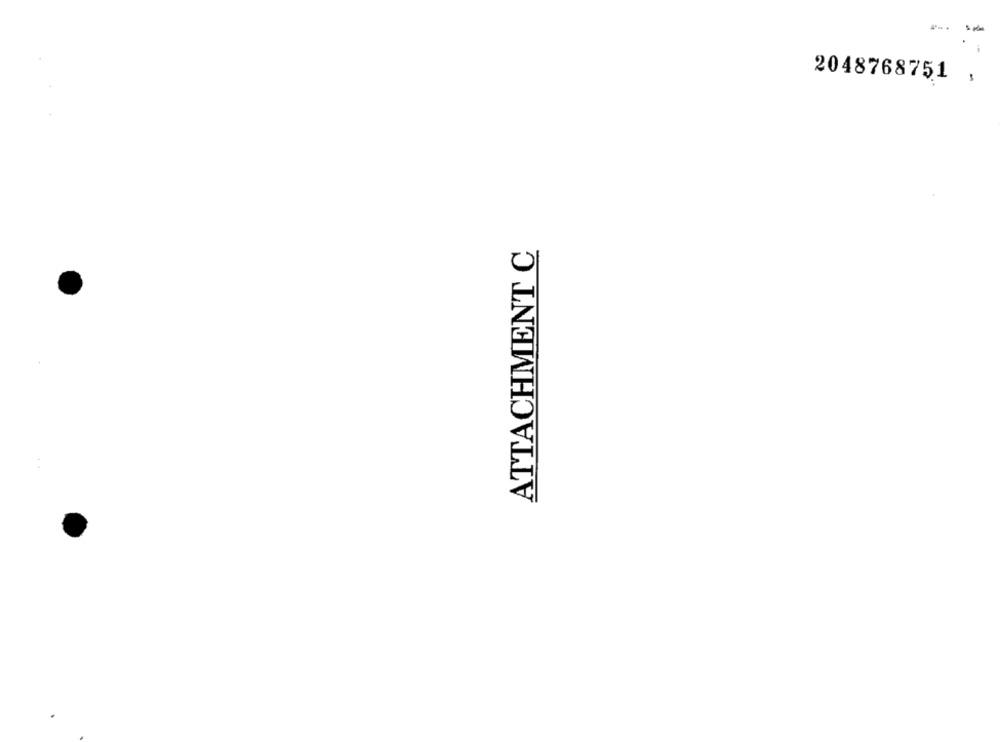
2048768751
-
ATTACHMENT C